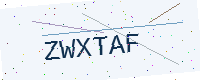
Text: ZWXTAF